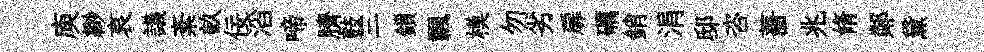
庾緲哀議紊畝佞滔啼臍鼓三鎻飄模勿劣扉礪銷涓邸咨薔兆脩鄰黛